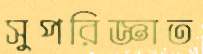
সুপরিজ্ঞাত